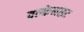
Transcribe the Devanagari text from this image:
वल्केनाइट